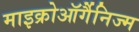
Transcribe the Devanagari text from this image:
माइक्रोऑर्गैनिज्म